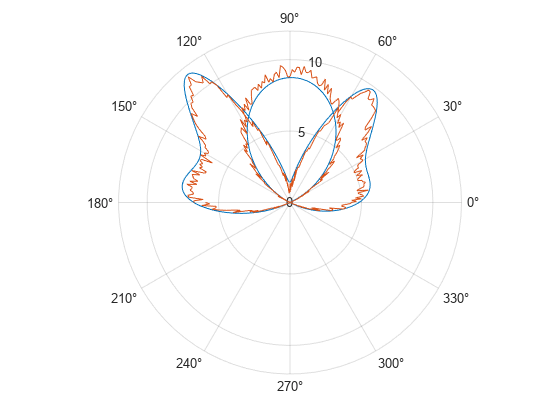
matlab, figure, polarplot